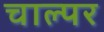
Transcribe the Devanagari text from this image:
चाल्पर